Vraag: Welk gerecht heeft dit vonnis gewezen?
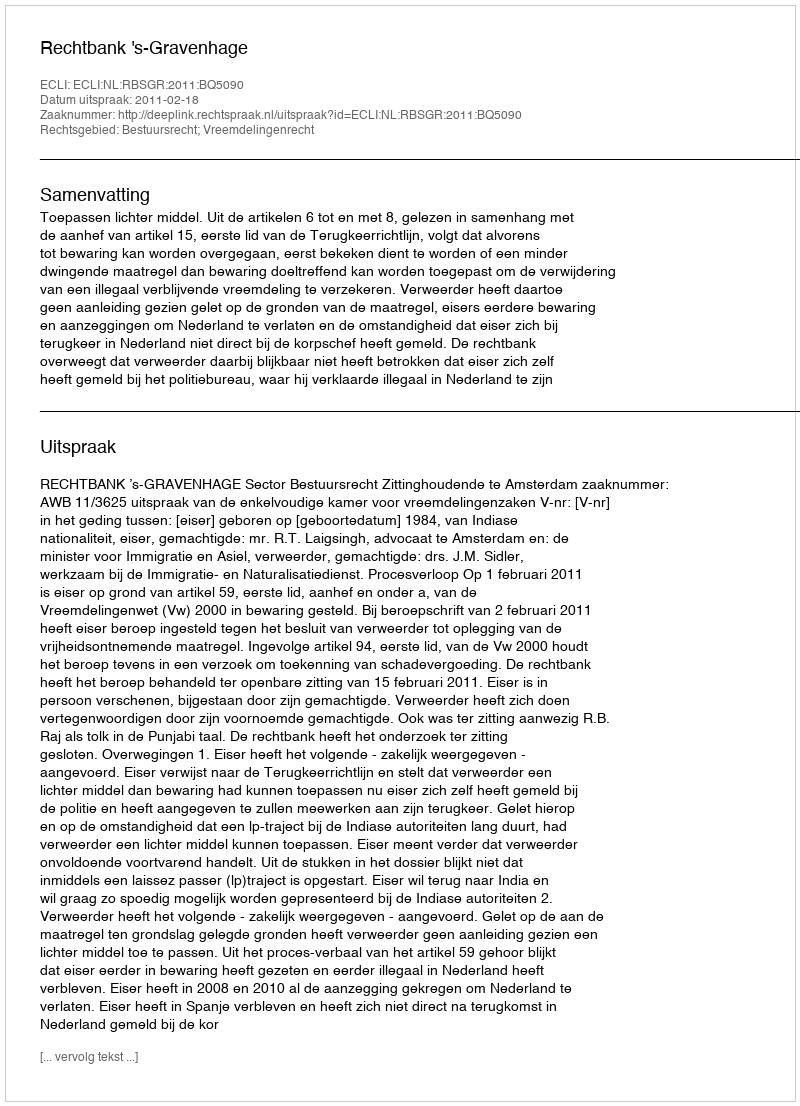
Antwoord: Rechtbank 's-Gravenhage